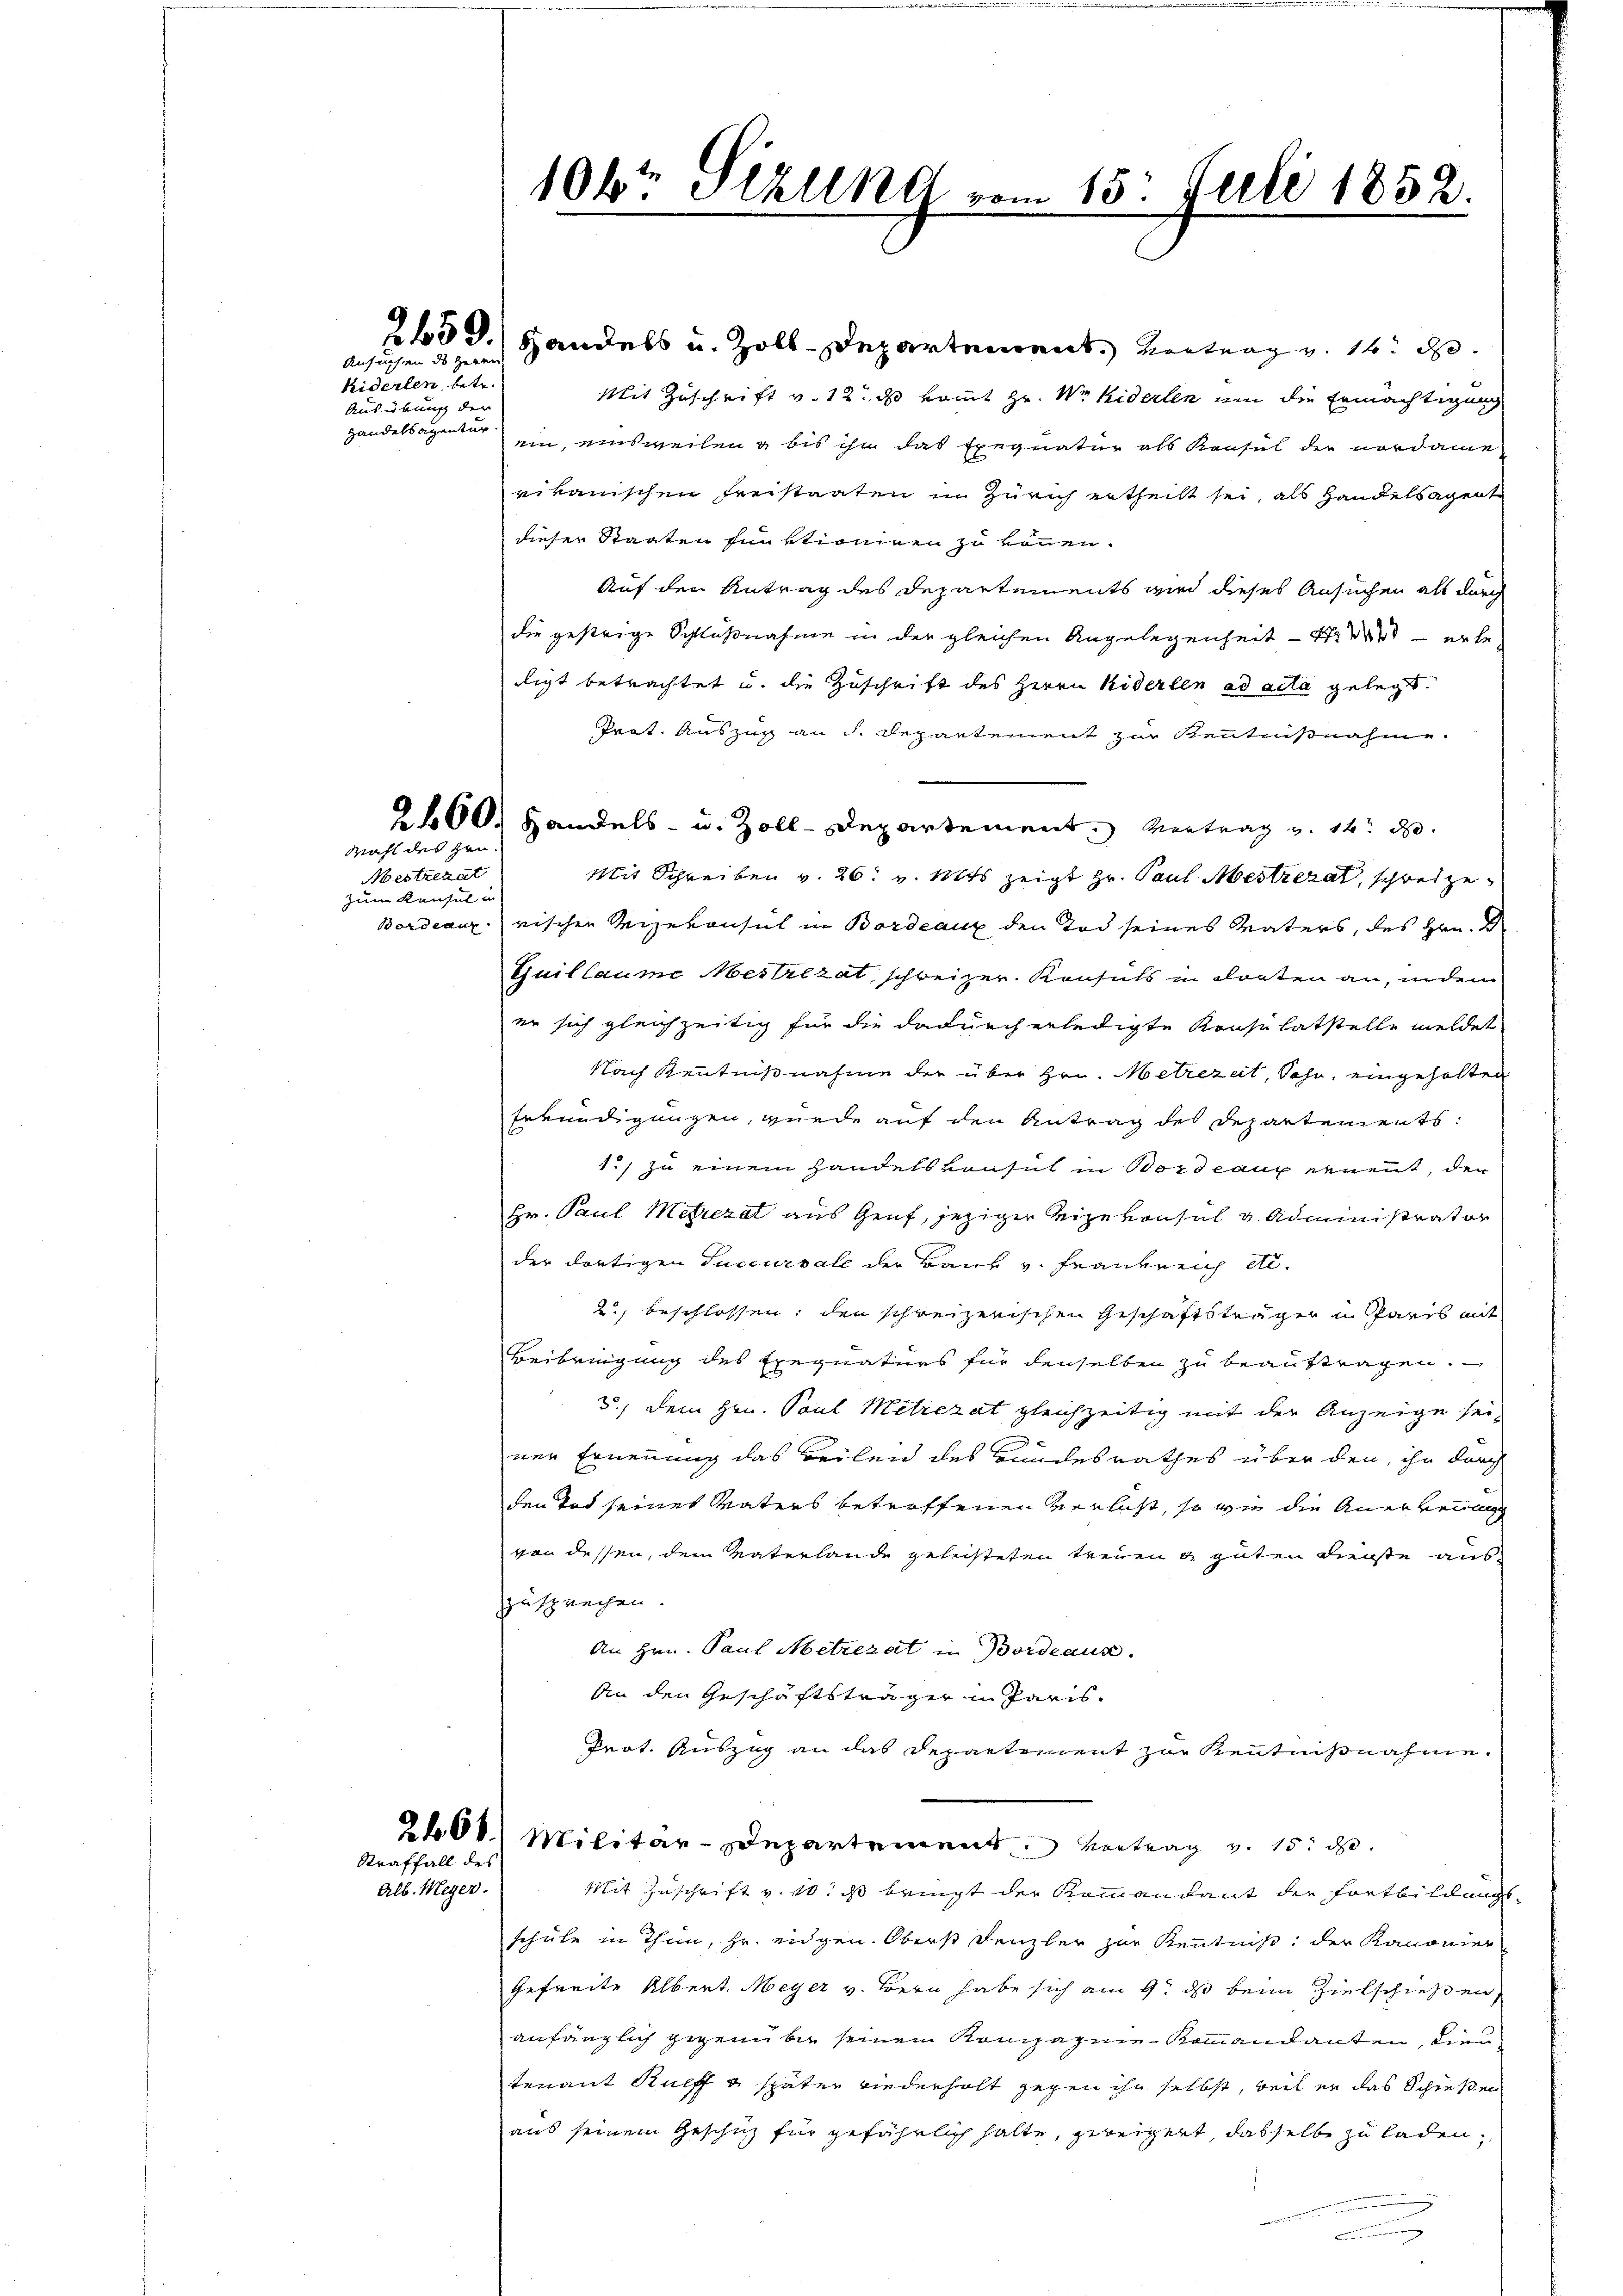
Ansuchen des Herrn

kiderlen, betr.
Ausübung der
Handelsagentur.

Wahl des zeu¬

Mestrekat
zum Konsul in

Straffall des
Alb. Meyer.

1064 Sekund vom 15. Juli 1852.

2650.) Handels u. Zoll-Departement. Vortrag. 14. d.
Mit Zuschrift v. 12. ds kommt Hr. Weiderlen um die Ermächtigung
ein, einsweilen & bis ihn das Exequatur als Konsul der nordame
rikanischen Freistaaten in Zürich ertheilt sei, als Handelsagent
dieser Staaten fin vtioniren zu können.
Auf den Antrag des Departements wird dieses Ansuchen als durch
die gestrige Schlußnahme in der gleichen Angelegenheit erhe
digt betrachtet u. die Zuschrift des Herrn Kiderlen ad acta gelegt.
Prat. Auszug an dh. Departement zur Kenntnißnahme.
2660. Handels- u. Zoll-Departement. Vertrag v. 14. d.
Mit Schreiben v. 26. v. Mts zeigt Hr. Paul Mestrerat, schreize
Bordeaux rischen Reizekonsul in Bordeaux den Tod seines Vaters, des Hrn. D
Guillaume Meilzat, schweizer. Konsuls in Fonten an, indem
er sich gleichzeitig für die dadurch erledigte Konsulatstelle meldet
Nach Kenntnißnahme der über Hrn. Metrezet, Sohn, eingeholten
Erkundigungen, wurde auf den Antrag des Departements
1.) zu einem Handels vonsul in Bordeaux ernent, der
Hr. Paul Metrezat aus Genf, jeziger Reize von sal u. Administrator
der dortigen Succursale der Bauk v. Frankreich ei¬
2., beschlossen, den schreizerischen Geschäftsträgen in Paris mit
Beibringung des Exequaturs für denselben zu beauftragen.
3.) Dem Hrn. Paul Metrezat gleichzeitig mit der Anzeige sei
ner Ernennung das Beilen des Bundesrathes über den, ihr durch
den Tod seines Vaters betroffenen Verlast, so wie die Anerkennung
von dessen, dem Vaterlande geleisteten treuen u. guten Dienste auszzusprechen.
An Hrn. Paul Metrezat in Bordeaux.
An den Geschäftsträger in Paris.
Prot. Auszug an das Departement zur Kenntnißnahme.
2600. Militar-Departement. Vortrag v. 15. d.
Mit Zuschrift v. 10. ds bringt der Kommandant der Fortbildungs-
schule in Thun, Hr. eidgen. Oberst Denzler zur Kenntniß: der Kanonier
Gefreite Albert. Meyer v. Bern habe sich am 9. ds beim Zielschießen,
anfänglich gegenüber seinen Kompagnie Kommandanten, dien
tenant Rueff & später wiederholt gegen ihn selbst, weil er das Schreffen
aus seinem Geschuz für gefährlich halte, geweigert, dasselbe zu laden,
.